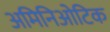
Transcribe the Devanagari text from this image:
अमिनिओटिक